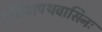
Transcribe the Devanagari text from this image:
दक्षिणपथवासिनः